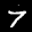
Label: 7